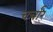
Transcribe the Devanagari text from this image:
चर्चार्